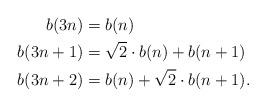
LaTeX: \begin{align*} b(3n) &= b(n)\\b(3n+1) &= \sqrt{2}\cdot b(n)+b(n+1)\\b(3n+2) &= b(n)+\sqrt{2}\cdot b(n+1).\end{align*}